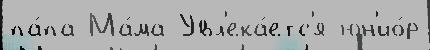
па́па Ма́ма Увл'ека́етс'я юн'ио́р